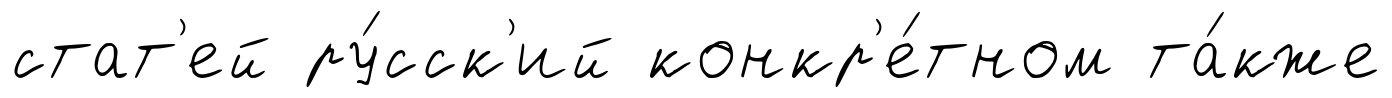
стат'ей ру́сск'ий конкр'е́тном та́кже